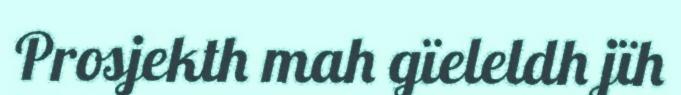
Prosjekth mah gïeleldh jïh